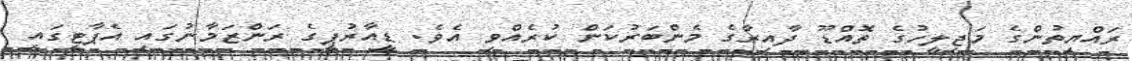
ރައްޔިތުންގެ މަޖިލީހުގެ ތޮއްޑޫ ދާއިރާގެ މެންބަރުކަން ކުރެއްވި އެވެ. ޑީއާރުޕީގެ ރަންޒަމާނުގައި އެޕާޓީގައި